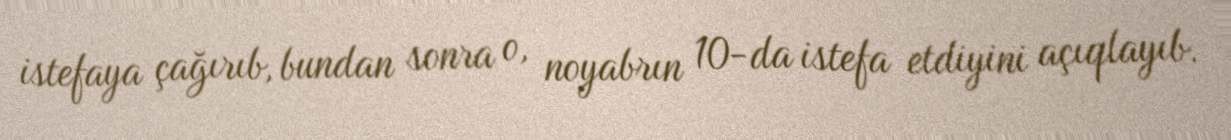
istefaya çağırıb, bundan sonra o, noyabrın 10-da istefa etdiyini açıqlayıb.